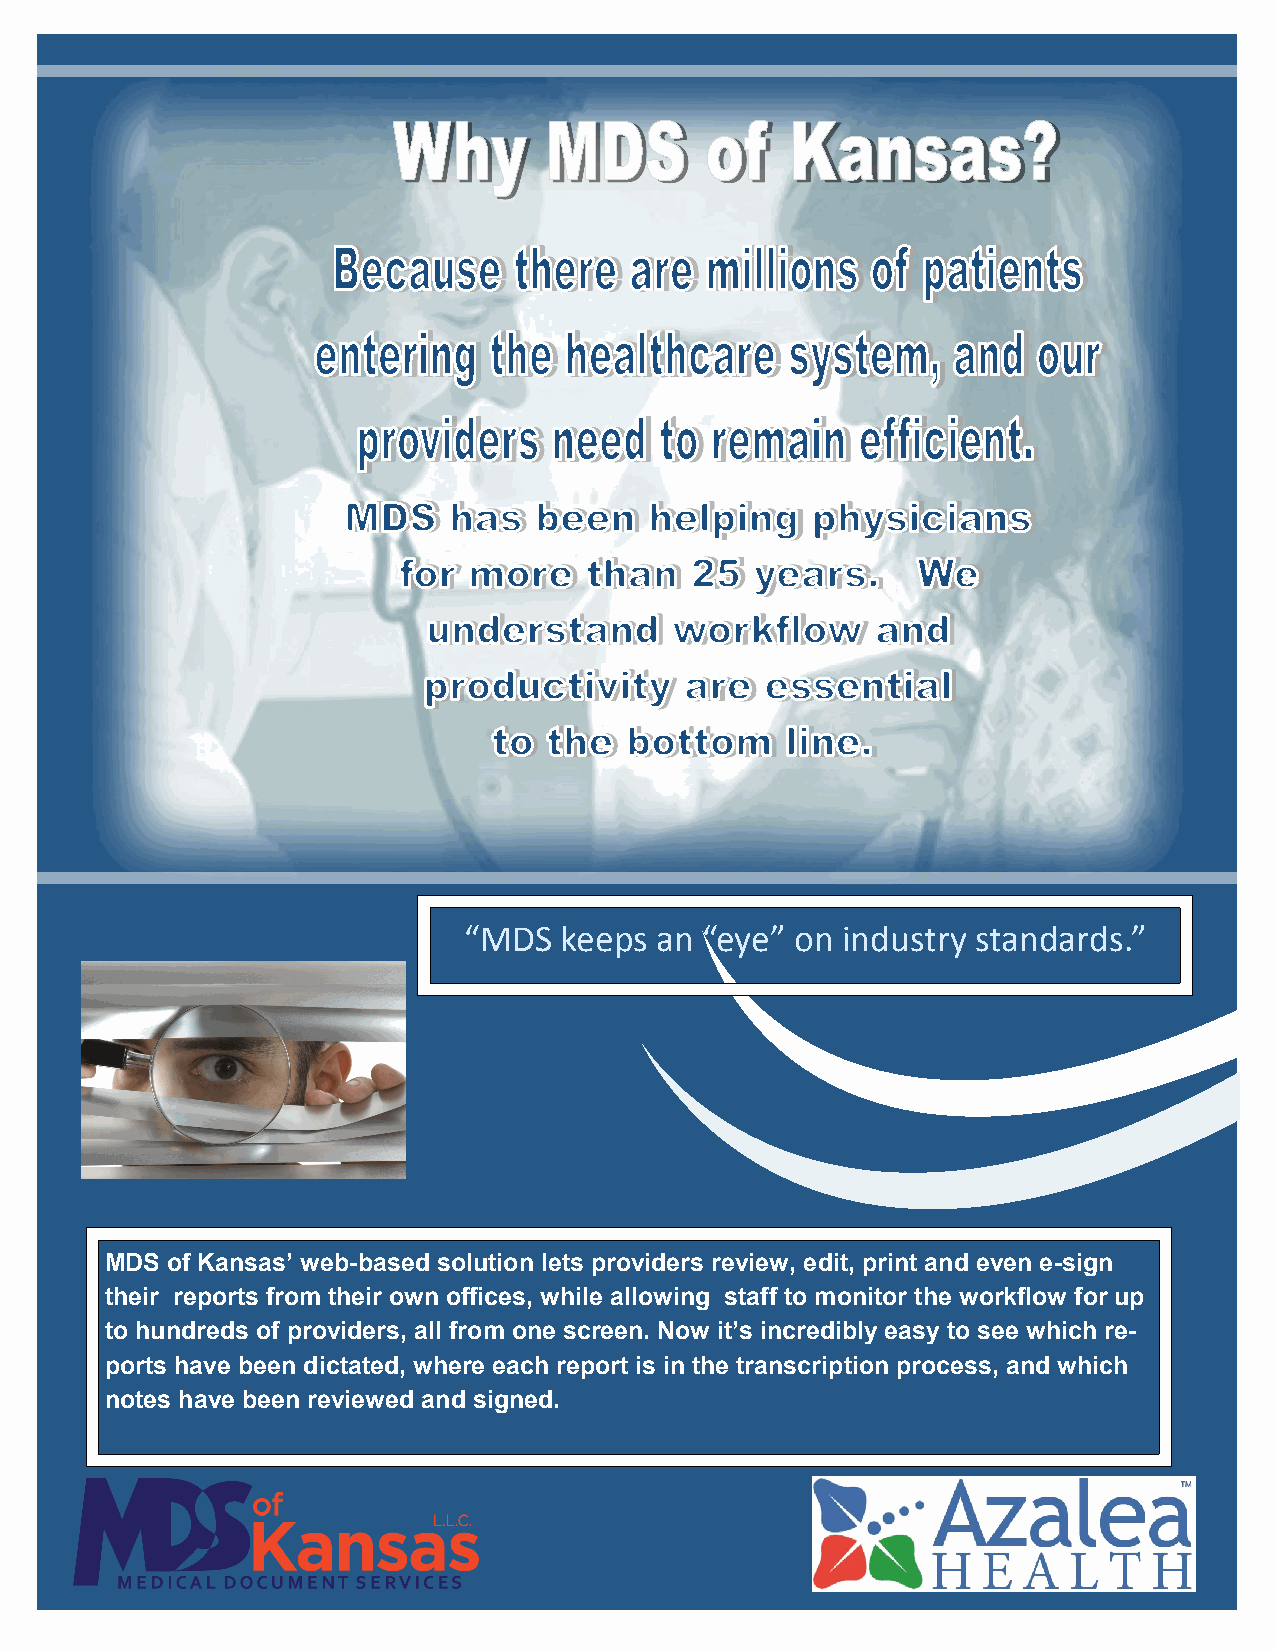
“MDS  keeps an  “eye” on industry standards.”
 MDS of Kansas’ web-based solution lets providers review, edit, print and even e-sign
 their reports from their own offices, while allowing staff to monitor the workflow for up
 to hundreds of providers, all from one screen. Now it’s incredibly easy to see which re-
 ports have been dictated, where each report is in the transcription process, and which
 notes have been reviewed and signed.